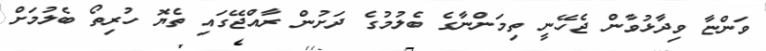
ވަންޏާ ވިދާޅުވާން ޖެހޭނީ ތިމަންނާގެ ބެލުމުގެ ދަށުން ރާއްޖޭގައި ތެޔޮ ހުރިތޯ ބެލުމަށް